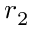
r _ { 2 }